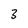
Character: 3